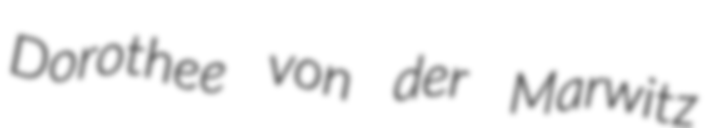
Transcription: Dorothee von der Marwitz